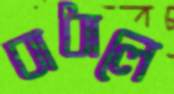
বাধালে